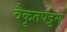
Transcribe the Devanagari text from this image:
वैकृतपट्टम